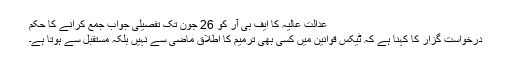
عدالت عالیہ کا ایف بی آر کو 26 جون تک تفصیلی جواب جمع کرانے کا حکم
درخواست گزار کا کہنا ہے کہ ٹیکس قوانین میں کسی بھی ترمیم کا اطلاق ماضی سے نہیں بلکہ مستقبل سے ہوتا ہے۔